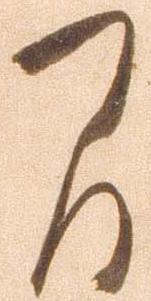
間